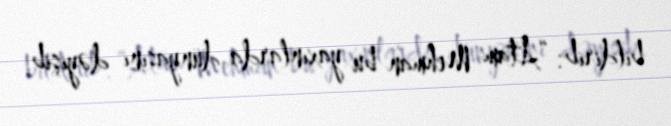
bildirib: “Atam Mehman bu yaxınlarda dünyasını dəyişib.